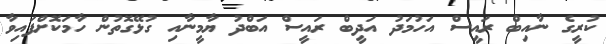
ކުރީގެ ނާއިބް ރައީސް އަހުމަދު އަދީބް ރައީސް އަބްދު ޔާމީނާއި ގުޅޭގޮތުން ހާމަކޮށްފައިވާ